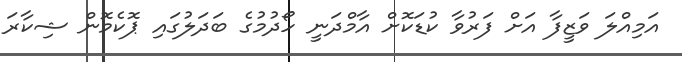
އަމިއްލަ ވަޒީފާ އަށް ފަރުވާ ކުޑަކޮށް އާމްދަނީ ހޯދުމުގެ ބަދަލުގައި ޕޮކެމޮން ޝިކާރަ